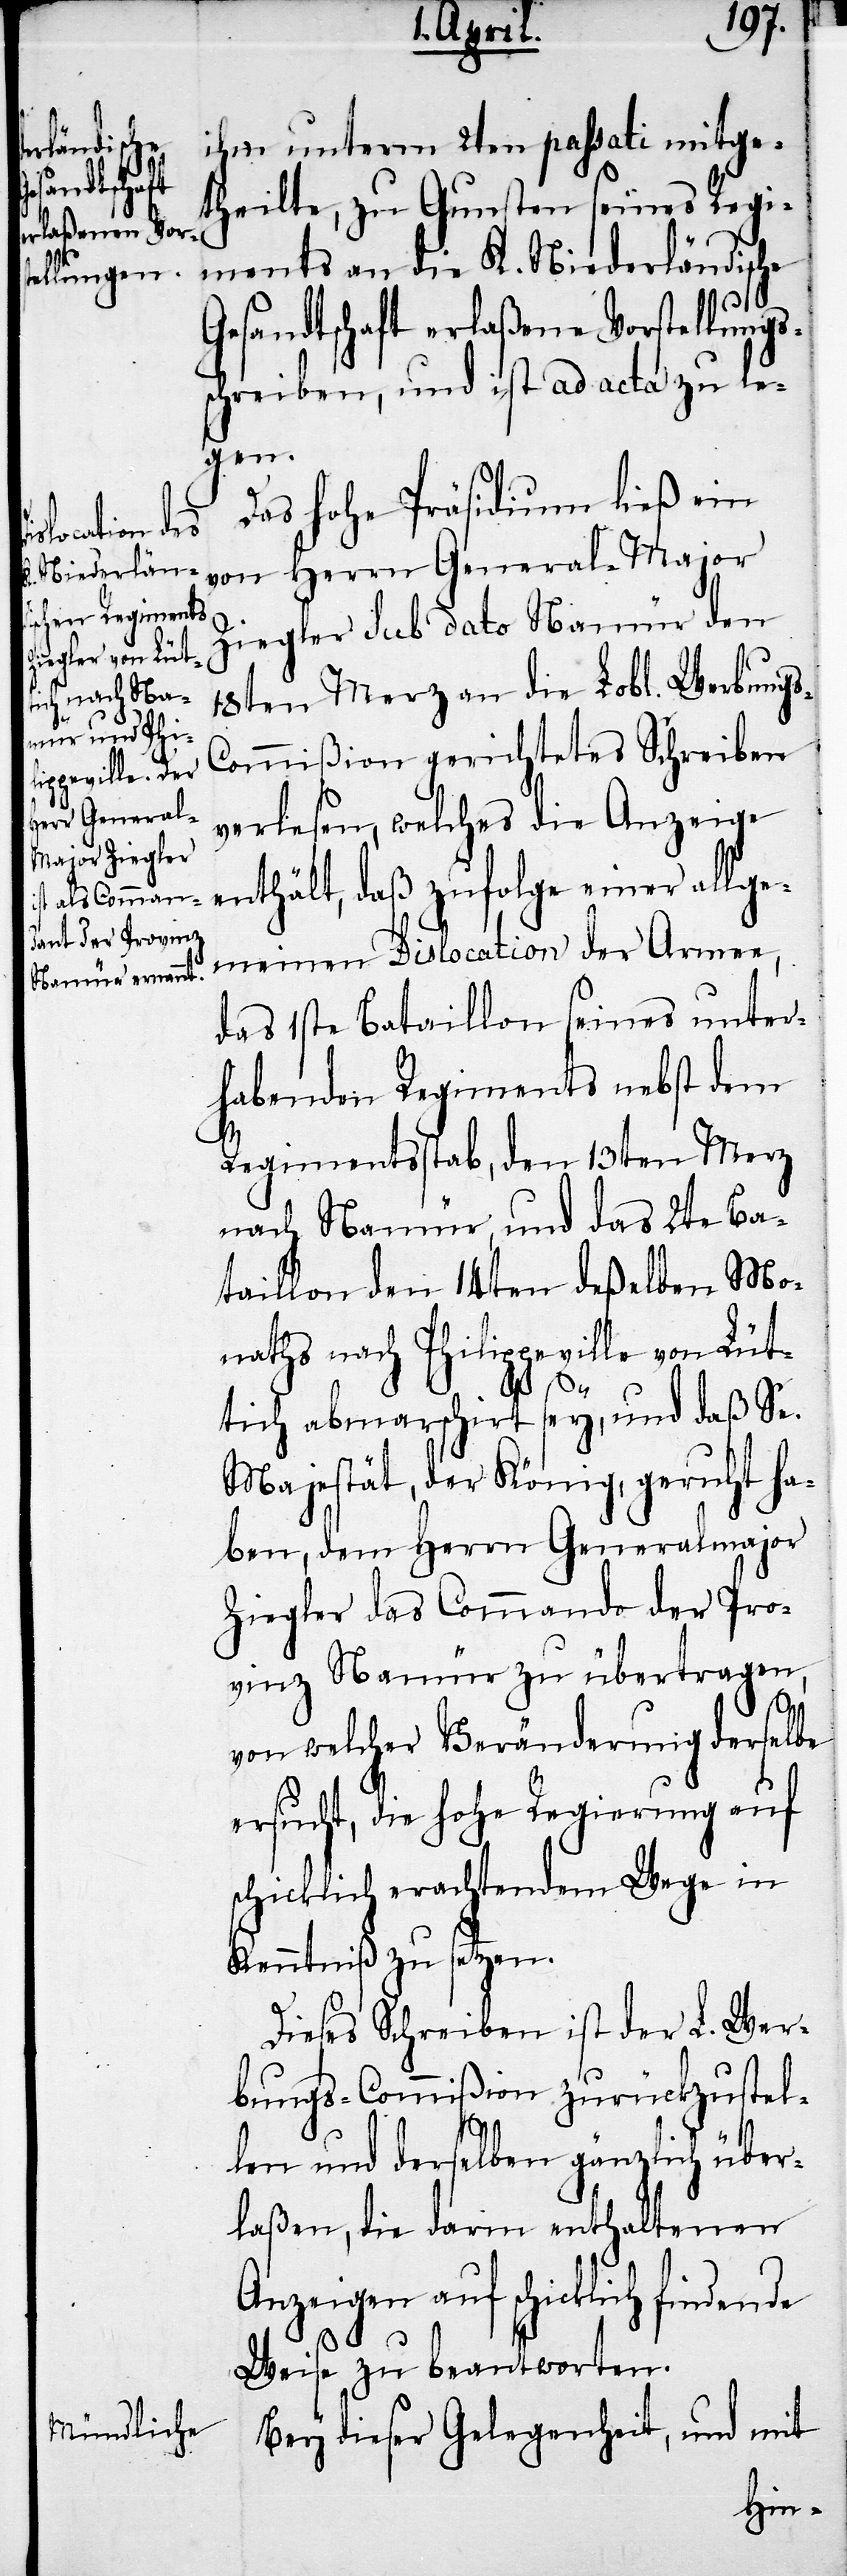
ihm unterm 2ten passati mitge¬
theilte, zu Gunsten seines Regi¬
ments an die K. Niederländische
Gesandtschaft erlaßene Vorstellungs¬
schreiben, und ist ad acta zu le¬
gen.
Das hohe Präsidium ließ ein
von Herrn General-Major
Ziegler sub dato Namür den
18ten Merz an die Lobl. Werbung¬
ommißion gerichtetes Schreiben
verlesen, welches die Anzeige
enthält, daß zufolge einer allge¬
meinen Dislocation der Armee,
das 1ste Bataillon seines unter¬
habenden Regiments nebst dem
Regimentsstab, den 13ten Merz
nach Namür, und das 2te Ba¬
taillon den 14ten deßelben Mo¬
naths nach Philippeville von Lüt¬
s-C¬
tich abmarschirt sey, und daß Se.
Majestät, der König, geruht ha¬
ben, dem Herrn Generalmajor
Ziegler das Commando der Pro¬
vinz Namür zu übertragen,
An¬
von welcher Veränderung derselbe
ersucht, die hohe Regierung auf
schicklich erachtendem Wege in
Kenntniß zu setzen.
Dieses Schreiben ist der L. Wer¬
bungs-Commißion zurückzustel¬
len und derselben gänzlich über¬
laßen, die darin enthaltenen
zeigen zu beantworten.
Bey dieser Gelegenheit, und mit